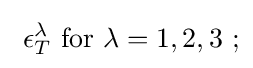
~\epsilon _{T}^{\lambda }{\text{ for }}\lambda =1,2,3~;